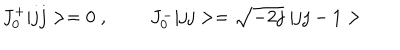
J _ { 0 } ^ { + } | j j > = 0 \; , \; \; J _ { 0 } ^ { - } | j j > = \sqrt { - 2 j } \; | j j - 1 >